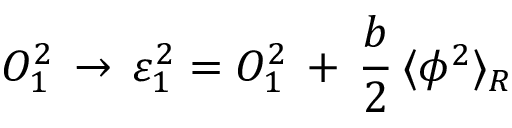
{ \cal O } _ { 1 } ^ { 2 } \, \to \, \varepsilon _ { 1 } ^ { 2 } = { \cal O } _ { 1 } ^ { 2 } \, + \, { \frac { b } { 2 } } \, \langle \phi ^ { 2 } \rangle _ { R }